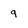
Character: 9